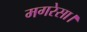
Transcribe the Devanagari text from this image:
मगरेसा।